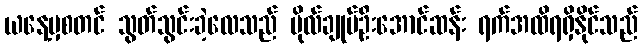
ယနေ့မှစတင် သွတ်သွင်းခဲ့လေသည် ဗိုလ်ချုပ်ဦးအောင်ဆန်း ရက်အထိရရှိနိုင်သည်